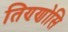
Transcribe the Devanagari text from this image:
तिण्णोसि